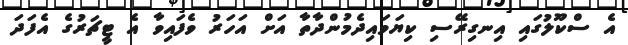
އެ ސްކޫލުގައި އިނގިރޭސި ކިޔަވައިދެމުންދާތާ އަށް އަހަރު ވެފައިވާ އެ ޓީޗަރުގެ އެފަދަ